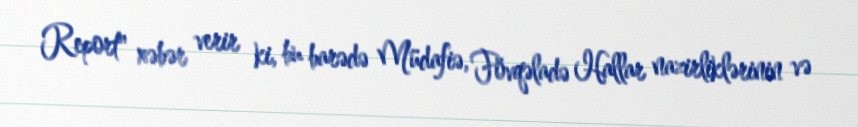
Report" xəbər verir ki, bu barədə Müdafiə, Fövqəladə Hallar nazirliklərinin və